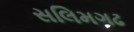
સલિમગઢ